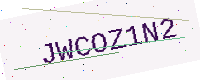
Text: JWCOZ1N2